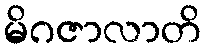
မိဂဇာလာတိ